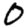
Digit: 0